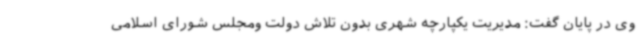
وی در پایان گفت: مدیریت یکپارچه شهری بدون تلاش دولت ومجلس شورای اسلامی